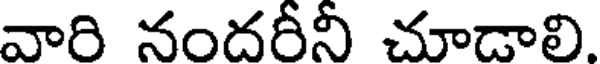
వారి నందరీనీ చూడాలి.